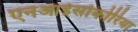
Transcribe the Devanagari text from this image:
एनआईसोकोरिया